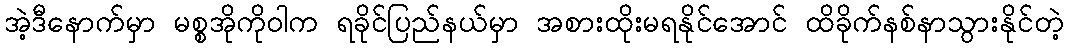
အဲ့ဒီနောက်မှာ မစ္စအိုကိုဝါက ရခိုင်ပြည်နယ်မှာ အစားထိုးမရနိုင်အောင် ထိခိုက်နစ်နာသွားနိုင်တဲ့